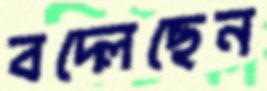
বদ্‌লেছেন